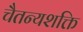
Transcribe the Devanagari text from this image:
चैतन्यशक्ति